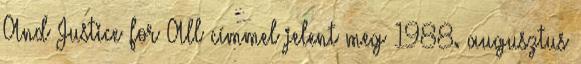
And Justice for All címmel jelent meg 1988. augusztus